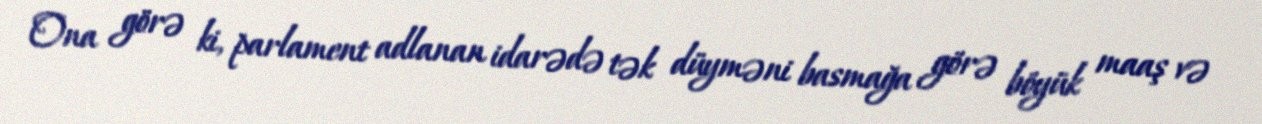
Ona görə ki, parlament adlanan idarədə tək düyməni basmağa görə böyük maaş və